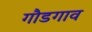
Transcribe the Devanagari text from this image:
गौडगाव